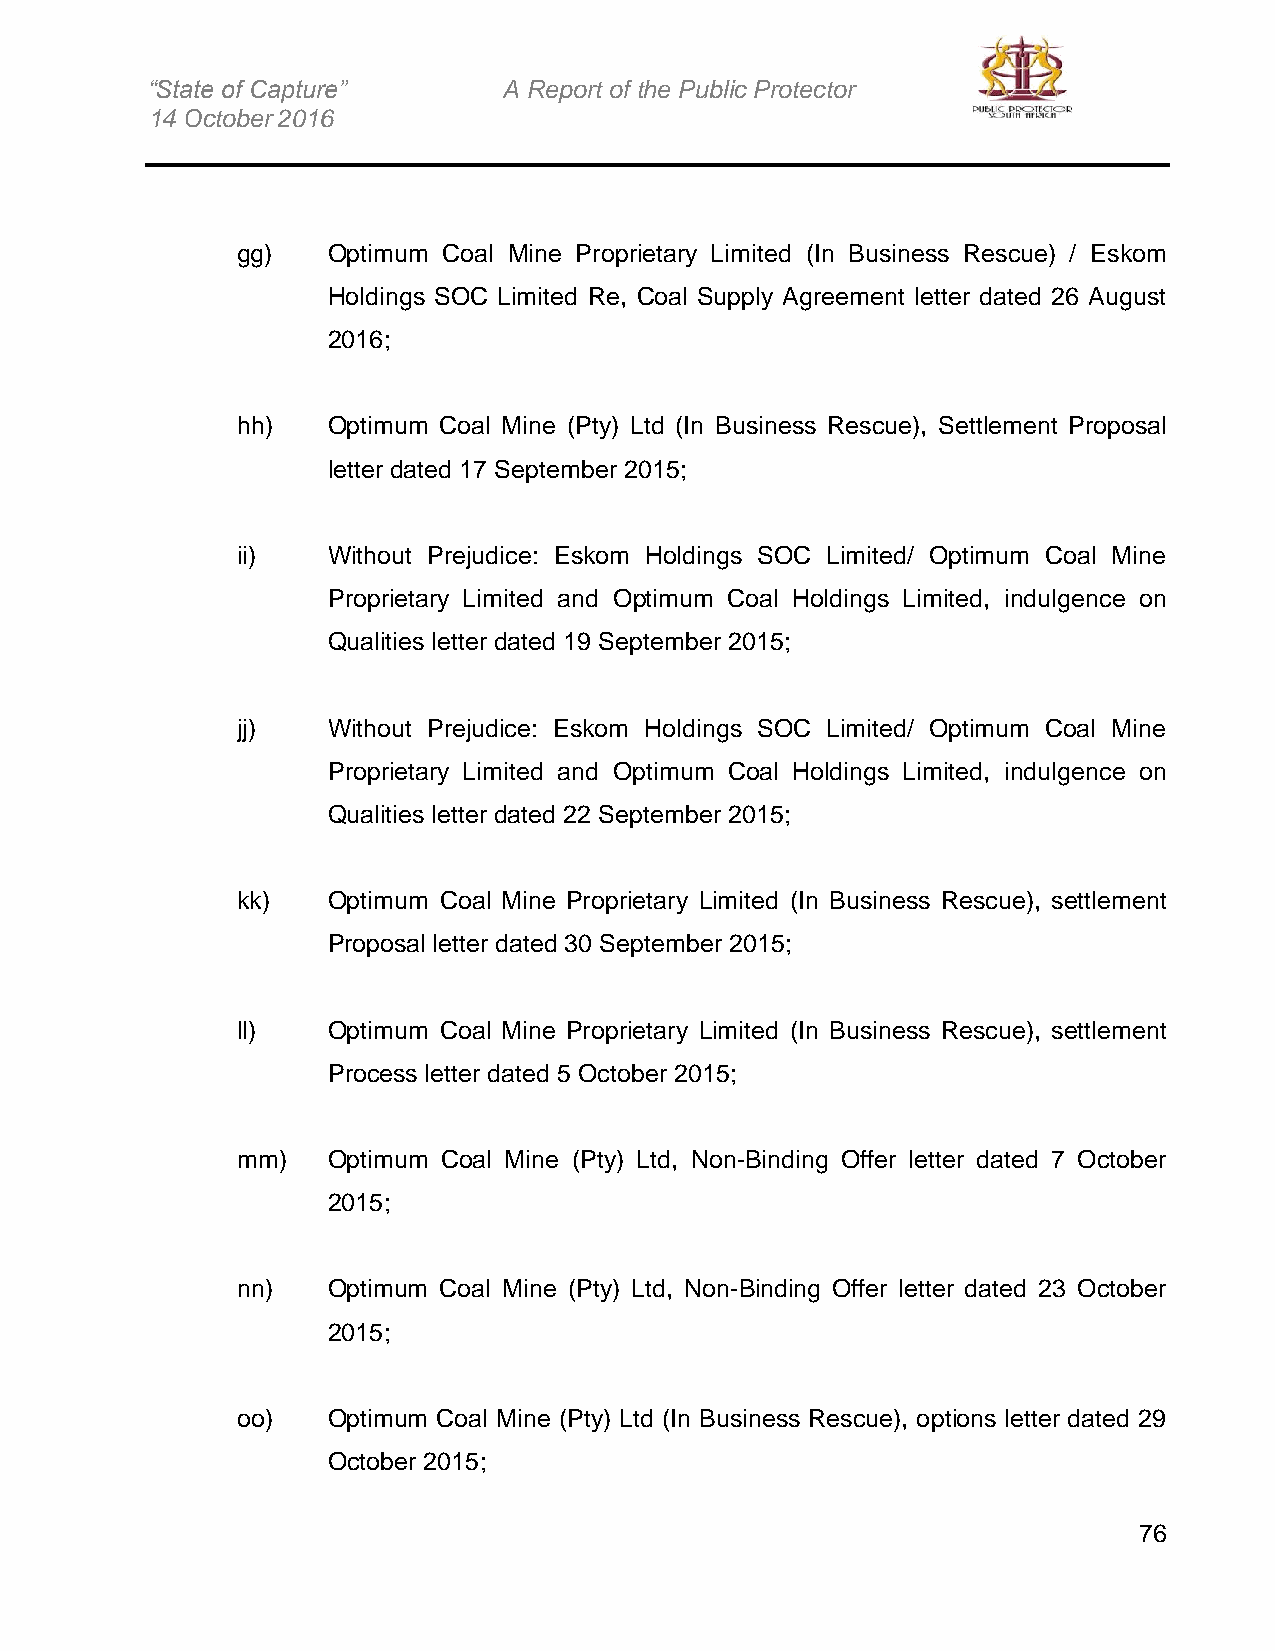
“State of Capture”     A Report of the Public Protector
 14 October 2016
 gg)   Optimum Coal Mine Proprietary Limited (In Business Rescue) / Eskom
 Holdings SOC Limited Re, Coal Supply Agreement letter dated 26 August
 2016;
 hh)   Optimum Coal Mine (Pty) Ltd (In Business Rescue), Settlement Proposal
 letter dated 17 September 2015;
 ii)   Without Prejudice: Eskom Holdings SOC Limited/ Optimum Coal Mine
 Proprietary Limited and Optimum Coal Holdings Limited, indulgence on
 Qualities letter dated 19 September 2015;
 jj)   Without Prejudice: Eskom Holdings SOC Limited/ Optimum Coal Mine
 Proprietary Limited and Optimum Coal Holdings Limited, indulgence on
 Qualities letter dated 22 September 2015;
 kk)   Optimum Coal Mine Proprietary Limited (In Business Rescue), settlement
 Proposal letter dated 30 September 2015;
 ll)   Optimum Coal Mine Proprietary Limited (In Business Rescue), settlement
 Process letter dated 5 October 2015;
 mm)   Optimum Coal Mine (Pty) Ltd, Non-Binding Offer letter dated 7 October
 2015;
 nn)   Optimum Coal Mine (Pty) Ltd, Non-Binding Offer letter dated 23 October
 2015;
 oo)   Optimum Coal Mine (Pty) Ltd (In Business Rescue), options letter dated 29
 October 2015;
 76